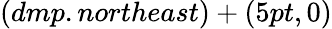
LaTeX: (dmp.northeast)+(5pt,0)